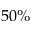
5 0 \%